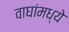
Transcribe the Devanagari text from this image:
वाघांमध्ये